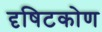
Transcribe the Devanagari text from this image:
दृषिटकोण